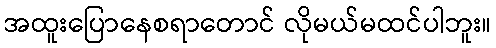
အထူးပြောနေစရာတောင် လိုမယ်မထင်ပါဘူး။